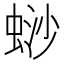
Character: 𬠋